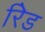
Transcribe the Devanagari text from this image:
रेिड